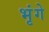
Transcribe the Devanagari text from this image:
भृंगे